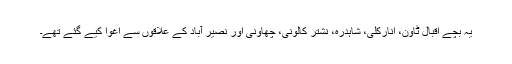
یہ بچے اقبال ٹاؤن، انارکلی، شاہدرہ، نشتر کالونی، چھاؤنی اور نصیر آباد کے علاقوں سے اغوا کیے گئے تھے۔